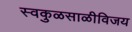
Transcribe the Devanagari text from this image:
स्वकुळसाळीविजय